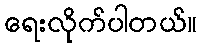
ရေးလိုက်ပါတယ်။